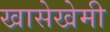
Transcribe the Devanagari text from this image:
खासेखेमी